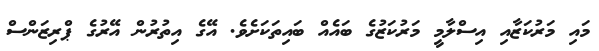
މައި މަރުކަޒާއި އިސްލާމީ މަރުކަޒުގެ ބައެއް ބައިތަކަށެވެ. އޭގެ އިތުުރުން އޭރުގެ ޕްރިޒަންސް